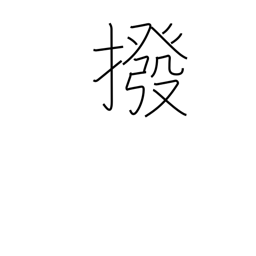
Meaning: exclude